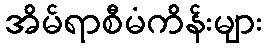
အိမ်ရာစီမံကိန်းများ